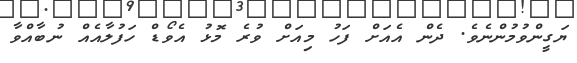
ޔަގީންވުމުންނެވެ. ދެން އެއަށް ފަހު މިއަށް ވުރެ މޮޅު އެވޯޑް ހަފުލާއެއް ނުބާއްވާ